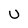
Character: U